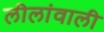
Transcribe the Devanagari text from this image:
लीलांवाली